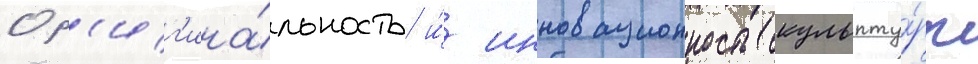
Ор'иг'ина́льность и́ инновационность скульпту́ры